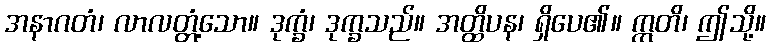
အနာဂတံ၊ လာလတ္တံ့သော။ ဒုက္ခံ၊ ဒုက္ခသည်။ အတ္ထိပန၊ ရှိပေ၏။ ဣတိ၊ ဤသို့။